Newspaper: Pomeroy weekly telegraph. [volume]
Place of publication: Pomeroy, Meigs County, Ohio
Publisher: T.A. Plants & Co.
Date: 1860-04-03 00:00:00
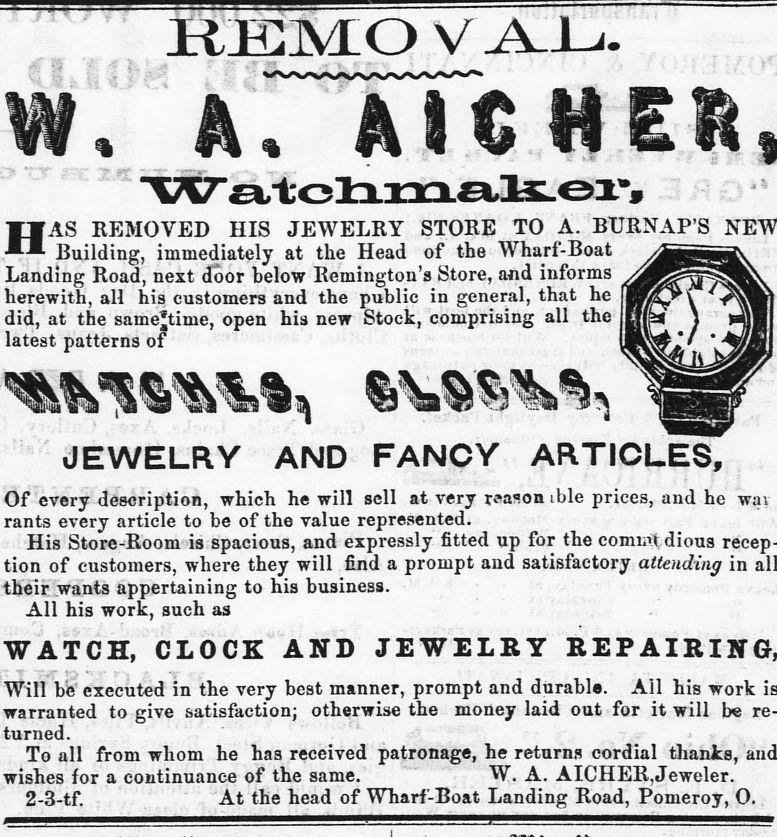
Advertisement text (OCR):
EEMOVAL. II AS REMOVED HIS JEWELRY Building, immediately at the Head Landing Road, next door below Remington's Store, and informs herewith, all his customers and the public in general, that he did, at the samejtime, open hia new Stock, comprising all the latest patterns of JEWELRY AND FANCY ARTICLES, Of every description, which he will sell at very reason ible prices, and he way rants every article to be of the value represented. His Store-Room is spacious, and expressly fitted up for the commo dious recep tion of customers, where they will find a prompt and satisfactory attending in their wants appertaining to his business. All his work, such as WATCH, CLOCK AND JEWELRY Will be' executed in the very best manner, prompt and durable. All his work warranted to give satisfaction; otherwise the money laid out for it will be re turned. . " " To all from whom he has received patronage, he returns cordial thanks, wishes for a continuance of the same." " ' W. A. AICHER,Jeweler. 2-3-tf. ; . . 'At the head of Wharf-Boat Landing Road, Pomeroy, O. . STORE TO A. BTJRNAP'S of the Wharf-Boat
Label: illustrations